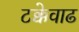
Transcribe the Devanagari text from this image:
टक्केवाढ